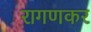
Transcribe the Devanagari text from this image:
रागणकर